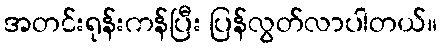
အတင်းရုန်းကန်ပြီး ပြန်လွတ်လာပါတယ်။